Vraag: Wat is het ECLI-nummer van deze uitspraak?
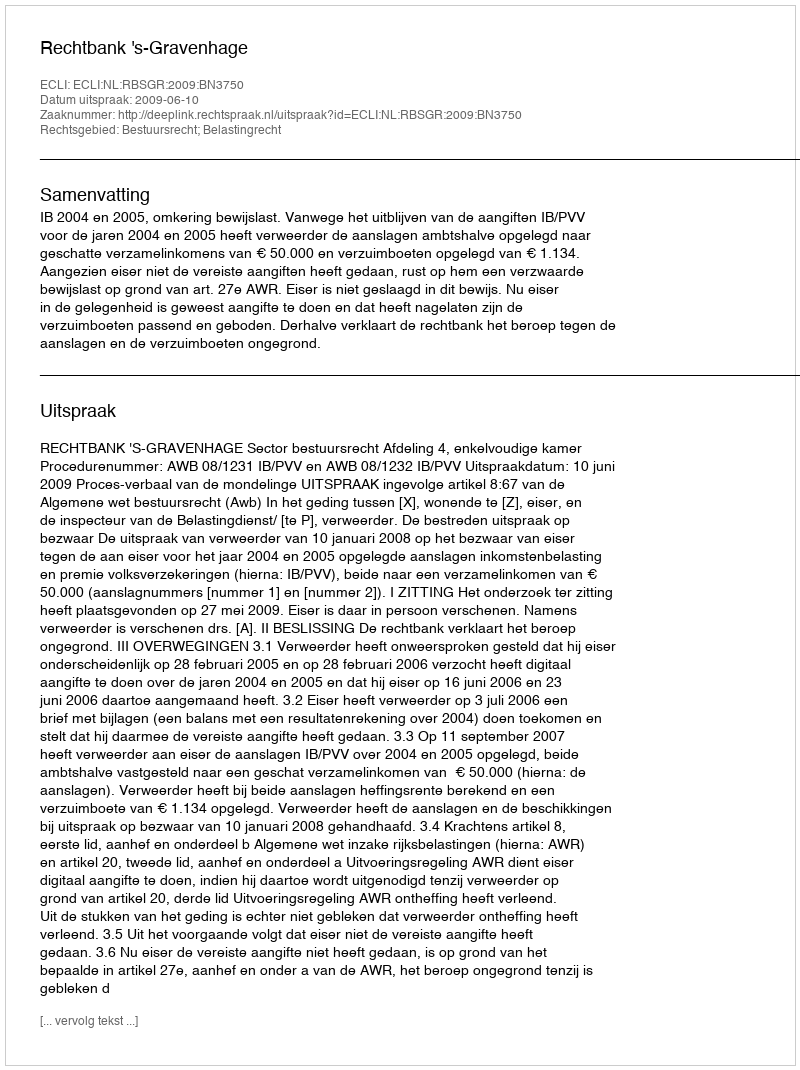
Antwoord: ECLI:NL:RBSGR:2009:BN3750